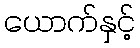
ယောက်နှင့်